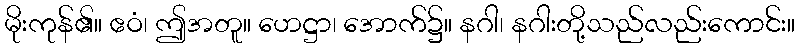
မိုးကုန်၏။ ဧဝံ၊ ဤအတူ။ ဟေဋ္ဌာ၊ အောက်၌။ နဂါ၊ နဂါးတို့သည်လည်းကောင်း။